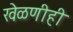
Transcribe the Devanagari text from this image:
खेळणीही